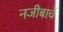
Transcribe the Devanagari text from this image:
नजीबाचें